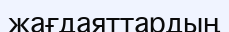
жағдаяттардың